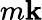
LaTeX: m\mathbf{k}